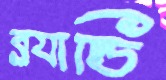
ব্র্যান্ডি